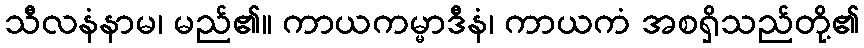
သီလနံနာမ၊ မည်၏။ ကာယကမ္မာဒီနံ၊ ကာယကံ အစရှိသည်တို့၏